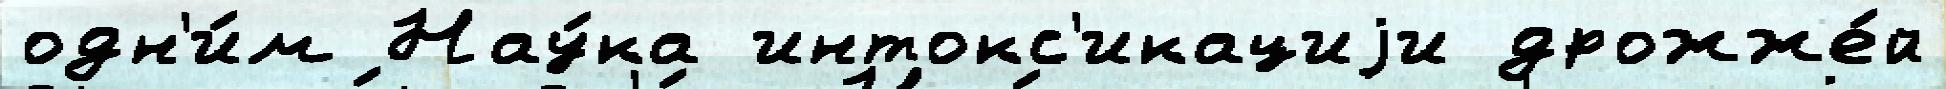
одн'и́м Нау́ка интокс'икациjи дрожже́й